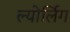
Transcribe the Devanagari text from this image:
ल्योर्लिग